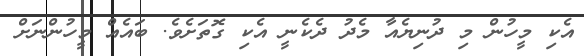
އެކި މީހުން މި ދުނިޔެއާ މެދު ދެކެނީ އެކި ގޮތަށެވެ. ބައެއް މީހުންނަށް